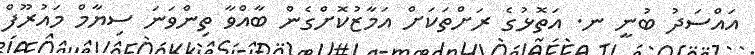
އައްސަދު ބުނީ ނ. އަތޮޅުގެ ރަށްތަކަށް އަމާޒުކޮށްގެން ބާއްވާ ތިންވަނަ ސިޔާމް މައުރޫފް